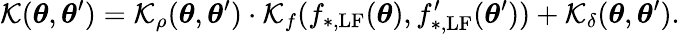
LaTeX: \mathcal{K}(\boldsymbol{\theta},\boldsymbol{\theta}^{\prime})=\mathcal{K}_{\rho}(\boldsymbol{\theta},\boldsymbol{\theta}^{\prime})\cdot\mathcal{K}_{f}(f_{\mathrm{{*,LF}}}(\boldsymbol{\theta}),f_{\mathrm{{*,LF}}}^{\prime}(\boldsymbol{\theta}^{\prime}))+\mathcal{K}_{\delta}(\boldsymbol{\theta},\boldsymbol{\theta}^{\prime}).